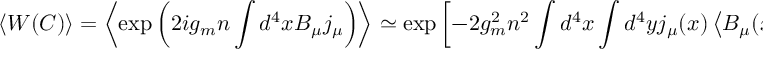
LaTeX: \left< W ( C ) \right> = \left< \exp \left( 2 i g _ { m } n \int d ^ { 4 } x B _ { \mu } j _ { \mu } \right) \right> \simeq \exp \left[ - 2 g _ { m } ^ { 2 } n ^ { 2 } \int d ^ { 4 } x \int d ^ { 4 } y j _ { \mu } ( x ) \left< B _ { \mu } ( x ) B _ { \nu } ( y ) \right> j _ { \nu } ( y ) \right] ,